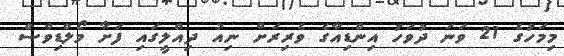
މިމަހުގެ 21 ވަނަ ދުވަހު އިންޑިއާގެ ވެރިރަށް ނިއު ދިއްލީގައި ފަށާ މޯލްޑިވްސް